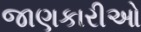
જાણકારીઓ